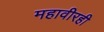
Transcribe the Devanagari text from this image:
महावीरही